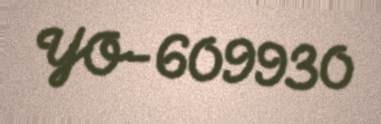
YO-609930